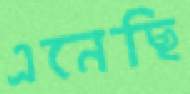
এনেছি